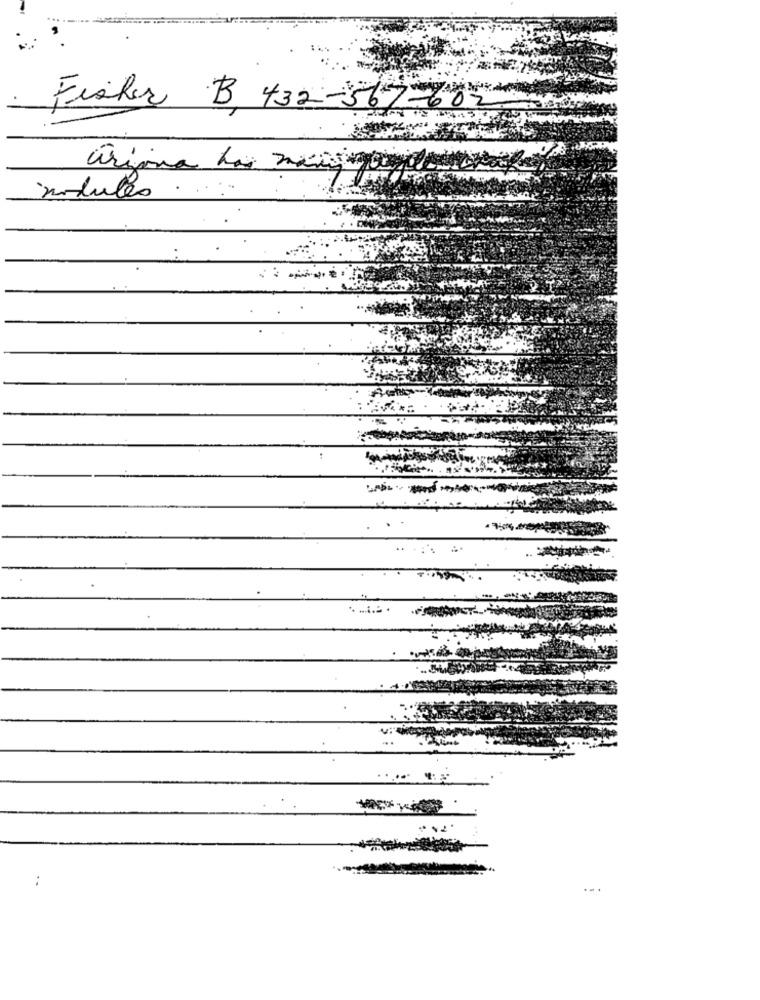
Fisher B 432-56-
modules